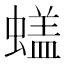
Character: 𰳙